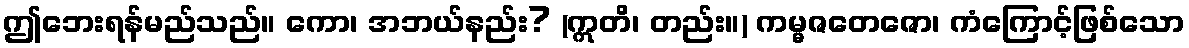
ဤဘေးရန်မည်သည်။ ကော၊ အဘယ်နည်း? (ဣတိ၊ တည်း။) ကမ္မဇတေဇော၊ ကံကြောင့်ဖြစ်သော